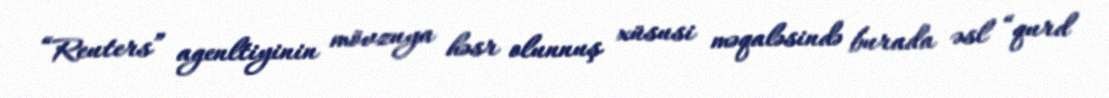
“Reuters” agenltiyinin mövzuya həsr olunnuş xüsusi məqaləsində burada əsl “qurd